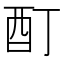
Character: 酊